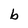
Character: b